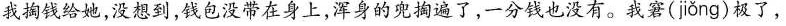
我掏钱给她，没想到，钱包没带在身上，浑身的兜遍了，一分钱也没有。我窘(long}极了，